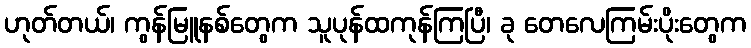
ဟုတ်တယ်၊ ကွန်မြူနစ်တွေက သူပုန်ထကုန်ကြပြီ၊ ခု တေလေကြမ်းပိုးတွေက